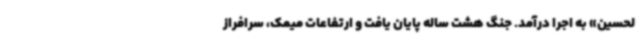
لحسین» به اجرا درآمد. جنگ هشت ساله پایان یافت و ارتفاعات میمک، سرافراز